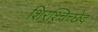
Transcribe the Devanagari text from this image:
शिरश्चिच्छेद